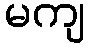
မကျ